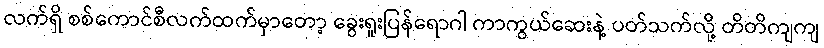
လက်ရှိ စစ်ကောင်စီလက်ထက်မှာတော့ ခွေးရူးပြန်ရောဂါ ကာကွယ်ဆေးနဲ့ ပတ်သက်လို့ တိတိကျကျ